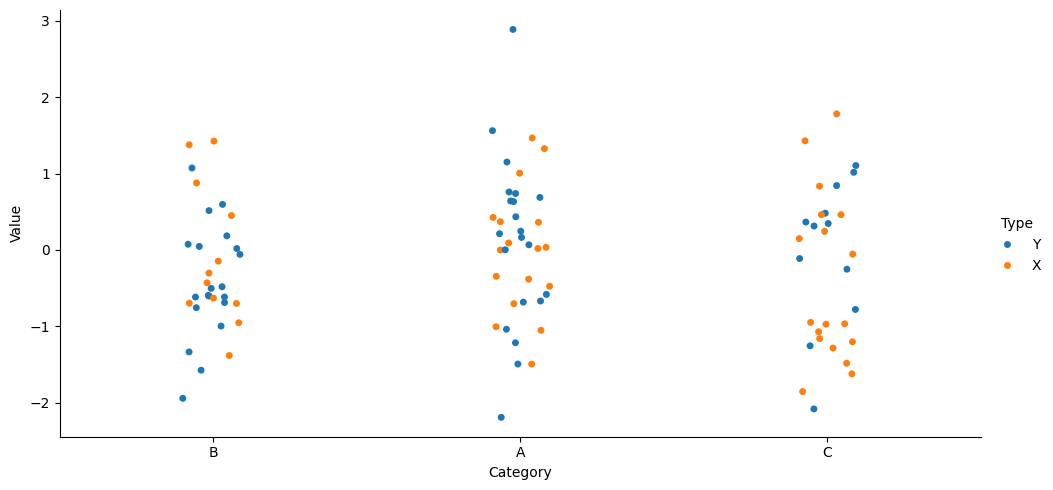
python, seaborn, catplot, kind='strip', height=5, aspect=2